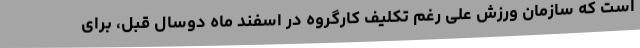
است که سازمان ورزش علی رغم تکلیف کارگروه در اسفند ماه دوسال قبل، برای